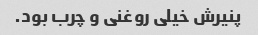
پنیرش خیلی روغنی و چرب بود.